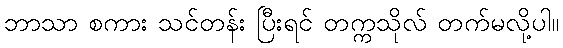
ဘာသာ စကား သင်တန်း ပြီးရင် တက္ကသိုလ် တက်မလို့ပါ။